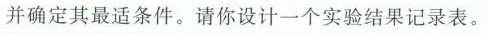
并确定其最适条件。请你设计一个实验结果记录表。